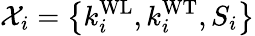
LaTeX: \mathcal{X}_{i}=\left\{ k_{i}^{\mathrm{WL}},k_{i}^{\mathrm{WT}},S_{i}\right\}